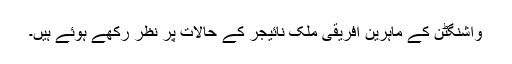
واشنگٹن کے ماہرین افریقی ملک نائیجر کے حالات پر نظر رکھے ہوئے ہیں۔